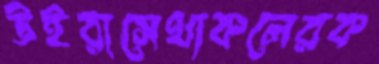
উইরাসেথাকলেরক